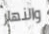
والنهار